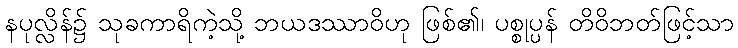
နပုလ္လိန်၌ သုခကာရိကဲ့သို့ ဘယဒဿာဝိဟု ဖြစ်၏၊ ပစ္စုပ္ပန် တိဝိဘတ်ဖြင့်သာ